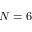
N = 6